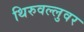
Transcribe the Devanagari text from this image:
थिरुवल्लुवर